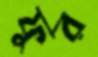
ফুর